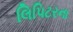
લિપિટરના